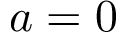
a = 0